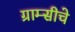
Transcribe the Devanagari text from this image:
ग्राम्सीचे